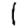
Digit: 1